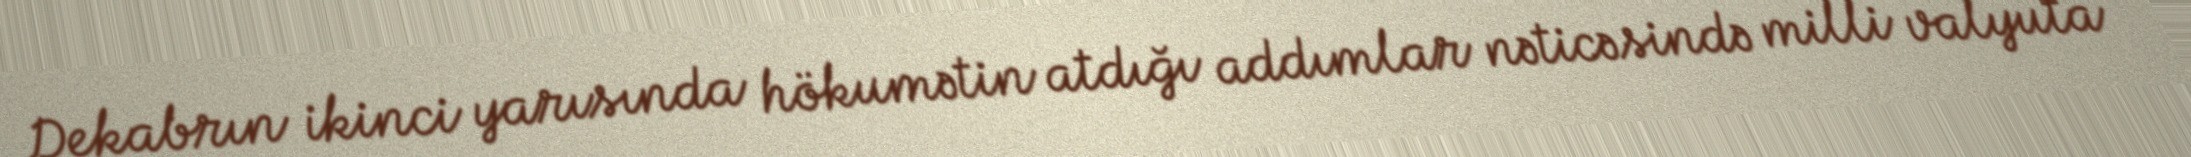
Dekabrın ikinci yarısında hökumətin atdığı addımlar nəticəsində milli valyuta